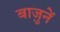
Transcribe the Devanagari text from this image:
बाजुनें